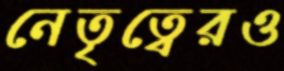
নেতৃত্বেরও